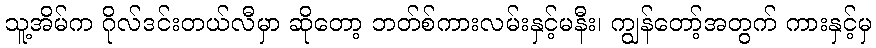
သူ့အိမ်က ဂိုလ်ဒင်းတယ်လီမှာ ဆိုတော့ ဘတ်စ်ကားလမ်းနှင့်မနီး၊ ကျွန်တော့်အတွက် ကားနှင့်မှ